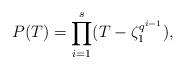
LaTeX: \begin{align*} P(T)=\prod_{i=1}^{s}(T-\zeta_1^{q^{i-1}}),\end{align*}